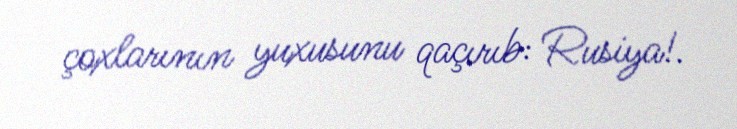
çoxlarının yuxusunu qaçırıb: Rusiya!.